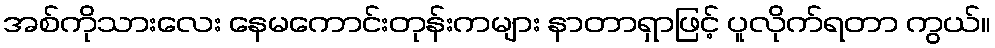
အစ်ကိုသားလေး နေမကောင်းတုန်းကများ နာတာရှာဖြင့် ပူလိုက်ရတာ ကွယ်။